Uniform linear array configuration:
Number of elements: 48
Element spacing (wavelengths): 0.25
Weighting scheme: kaiser
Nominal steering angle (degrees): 45
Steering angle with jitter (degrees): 43.719
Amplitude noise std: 0.05
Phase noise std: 0.05

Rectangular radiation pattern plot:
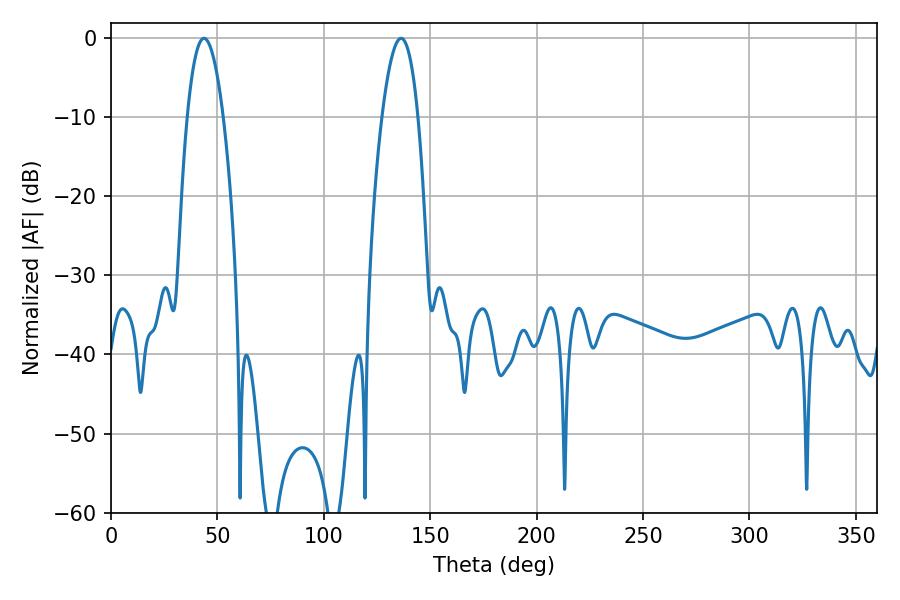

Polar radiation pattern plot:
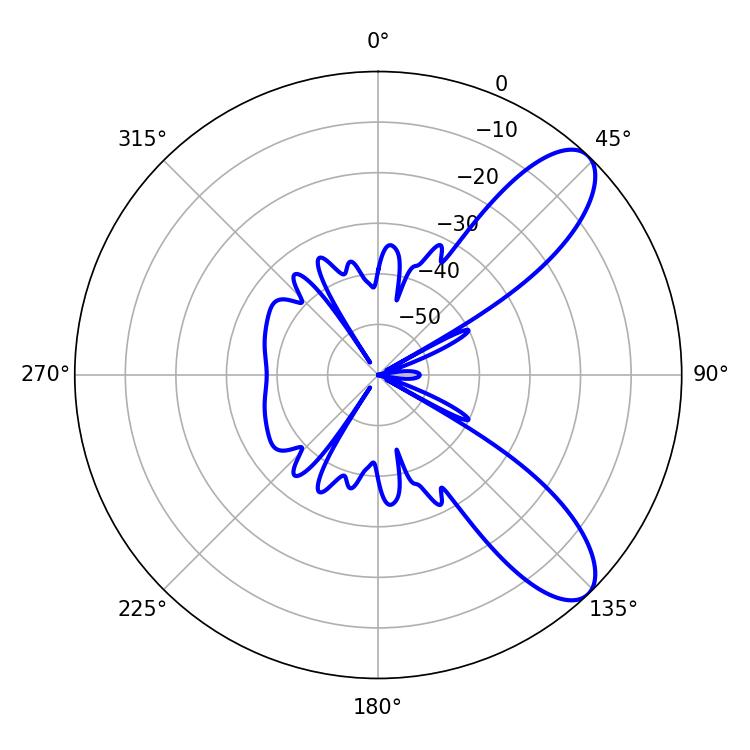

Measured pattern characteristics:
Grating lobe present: FALSE
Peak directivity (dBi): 9.172
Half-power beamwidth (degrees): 9.36
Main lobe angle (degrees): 43.74